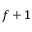
f + 1